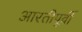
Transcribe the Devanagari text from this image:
आरतीपूर्वी